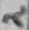
Text: 2